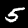
Digit: 5